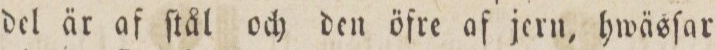
del är af ſtål och den öfre af jern, hwäsſar